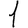
Digit: 1